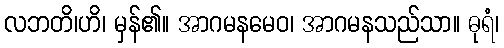
လဘတိ၊ဟိ၊ မှန်၏။ အာဂမနမေဝ၊ အာဂမနသည်သာ။ ဓုရံ၊